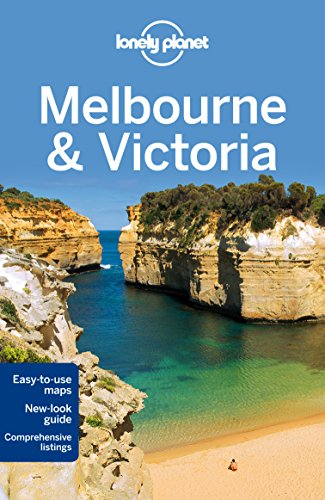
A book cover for Lonely Planet Melbourne & Victoria (Travel Guide); Lonely Planet; Travel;